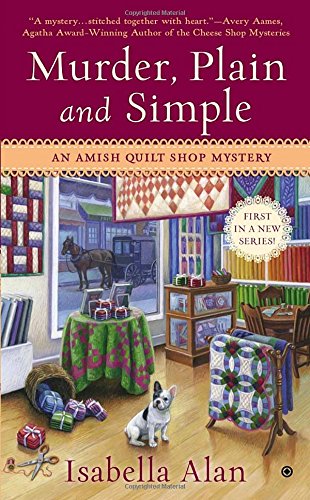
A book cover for Murder, Plain and Simple: An Amish Quilt Shop Mystery; Isabella Alan; Christian Books & Bibles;